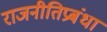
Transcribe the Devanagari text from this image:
राजनीतिप्रबंधा